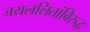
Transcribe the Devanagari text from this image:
जयललितांविरुद्ध